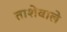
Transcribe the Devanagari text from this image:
ताशेवाले